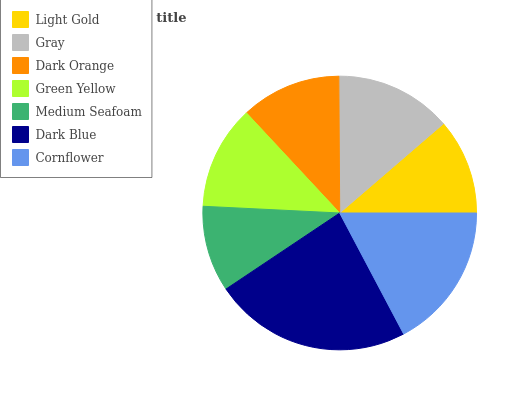
| Light Gold | Gray | Dark Orange | Green Yellow | Medium Seafoam | Dark Blue | Cornflower |
 | --- | --- | --- | --- | --- | --- | --- |
 | 11.3% | 13.8% | 11.8% | 12.3% | 10.2% | 23.4% | 17.2% |